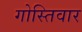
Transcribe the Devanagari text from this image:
गोस्तिवार